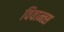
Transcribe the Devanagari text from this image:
विवान्त्स